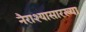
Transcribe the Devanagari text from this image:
नैराश्यासारख्या